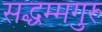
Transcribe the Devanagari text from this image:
सद्धम्मगुरु